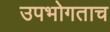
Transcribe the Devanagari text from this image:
उपभोगताच